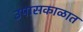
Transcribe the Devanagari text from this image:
उपासकाळात